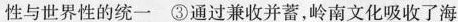
性与世界性的统一 ③通过兼收并蓄，岭南文化吸收了海